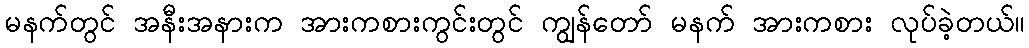
မနက်တွင် အနီးအနားက အားကစားကွင်းတွင် ကျွန်တော် မနက် အားကစား လုပ်ခဲ့တယ်။